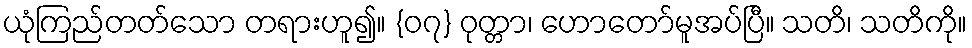
ယုံကြည်တတ်သော တရားဟူ၍။ {၀၇} ဝုတ္တာ၊ ဟောတော်မူအပ်ပြီ။ သတိ၊ သတိကို။